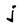
Character: j